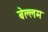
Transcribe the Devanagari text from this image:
बेल्लम